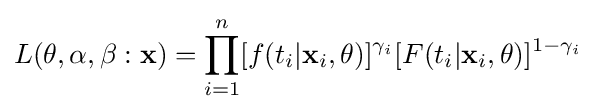
L(\mathbf {\theta } ,\alpha ,\beta :{\mathbf {x} })=\prod _{i=1}^{n}[f(t_{i}|\mathbf {x} _{i},\mathbf {\theta } )]^{\gamma _{i}}[F(t_{i}|\mathbf {x} _{i},\mathbf {\theta } )]^{1-\gamma _{i}}